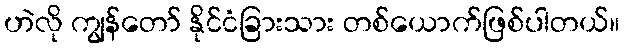
ဟဲလို ကျွန်တော် နိုင်ငံခြားသား တစ်ယောက်ဖြစ်ပါတယ်။